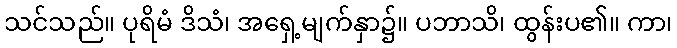
သင်သည်။ ပုရိမံ ဒိသံ၊ အရှေ့မျက်နှာ၌။ ပဘာသိ၊ ထွန်းပ၏။ ကာ၊